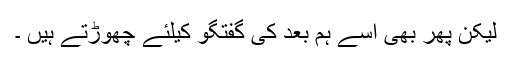
لیکن پهر بهى اسے ہم بعد کى گفتگو کیلئے چهوڑتے ہیں ۔